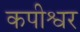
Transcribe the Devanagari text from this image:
कपीश्वर